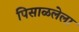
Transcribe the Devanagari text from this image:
पिसाळलेला